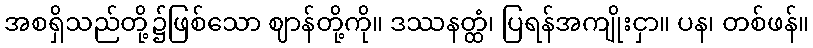
အစရှိသည်တို့၌ဖြစ်သော ဈာန်တို့ကို။ ဒဿနတ္ထံ၊ ပြရန်အကျိုးငှာ။ ပန၊ တစ်ဖန်။